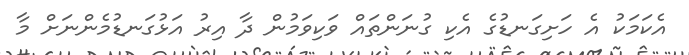
އެކަމަކު އެ ހަށިގަނޑުގެ އެކި ގުނަންތައް ވަކިވަމުން ދާ އިރު އަޅުގަނޑުމެންނަށް މާ